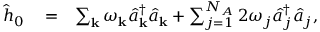
\begin{array} { r l r } { \hat { h } _ { 0 } } & { { } = } & { \sum _ { { \bf k } } \omega _ { { \bf k } } \hat { a } _ { { \bf k } } ^ { \dagger } \hat { a } _ { { \bf k } } + \sum _ { j = 1 } ^ { N _ { A } } 2 \omega _ { j } \hat { a } _ { j } ^ { \dagger } \hat { a } _ { j } , } \end{array}